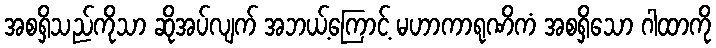
အစရှိသည်ကိုသာ ဆိုအပ်လျက် အဘယ့်ကြောင့် မဟာကာရုဏိကံ အစရှိသော ဂါထာကို